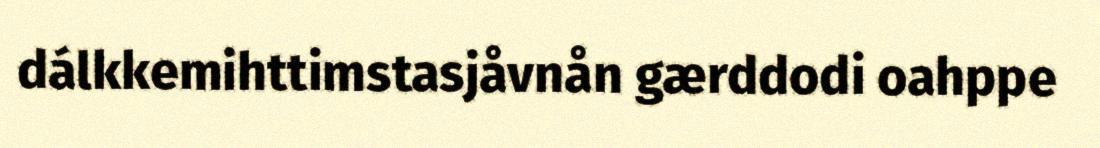
dálkkemihttimstasjåvnån gærddodi oahppe